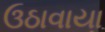
ઉઠાવાયા